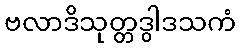
ဗလာဒိသုတ္တဒွါဒသကံ